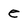
Character: e